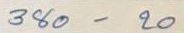
380 - 20